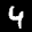
Label: 4